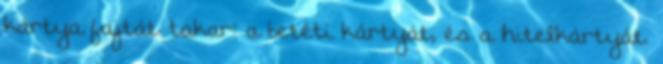
kártya fajtát takar: a betéti kártyát, és a hitelkártyát.